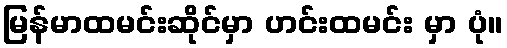
မြန်မာထမင်းဆိုင်မှာ ဟင်းထမင်း မှာ ပုံ။